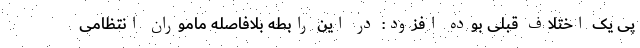
پی یک اختلاف قبلی بوده افزود: در این رابطه بلافاصله ماموران انتظامی